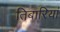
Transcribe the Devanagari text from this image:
तिबारियां